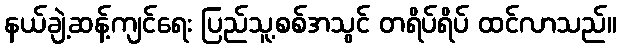
နယ်ချဲ့ဆန့်ကျင်ရေး ပြည်သူ့စစ်အသွင် တရိပ်ရိပ် ထင်လာသည်။